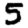
Digit: 5